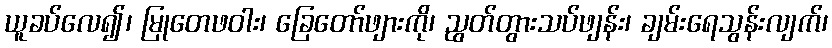
ယူခပ်လေ၍၊ မြုတေဖဝါး၊ ခြေတော်ဖျားကို၊ ညွတ်တွားသပ်ဖျန်း၊ ချမ်းရေသွန်းလျက်၊